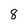
Character: 8